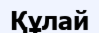
Құлай